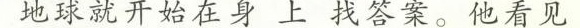
地球就开始在身 上 找答案。他看见